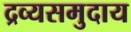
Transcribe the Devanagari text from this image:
द्रव्यसमुदाय